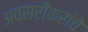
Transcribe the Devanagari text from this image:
अवसरीकरांचे